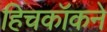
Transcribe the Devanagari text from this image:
हिचकॉकने